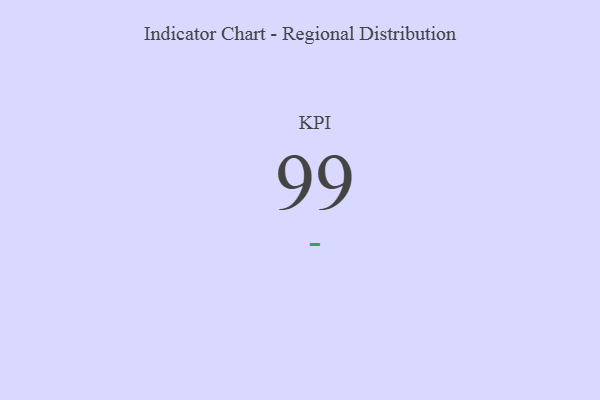
{"axis": {"x": "KPI", "y": "Value"}, "legend": [""], "data": [{"x": "KPI", "y": 99, "type": ""}]}